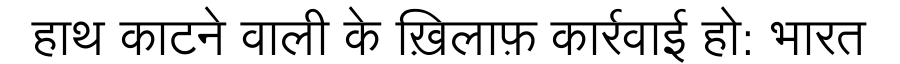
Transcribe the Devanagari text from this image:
हाथ काटने वाली के ख़िलाफ़ कार्रवाई हो: भारत